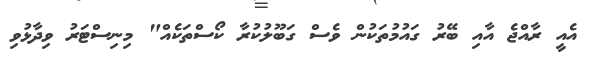
އެއީ ރާއްޖެ އާއި ބޭރު ގައުމުތަކުން ވެސް ގަބޫލުކުރާ ކޯސްތަކެއް" މިނިސްޓަރު ވިދާޅުވި